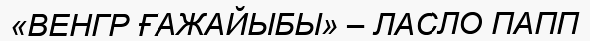
«ВЕНГР ҒАЖАЙЫБЫ» – ЛАСЛО ПАПП